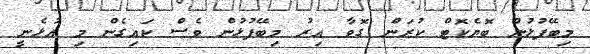
މިބޭފުޅުން ބޮޔެކޮޓް ކުރަން ގޮވާ އިރު މިބޭފުޅުން ވެސް ކައިގެން މި އުޅެނީ